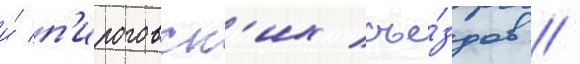
и́ п'ироговск'их съе́здов /